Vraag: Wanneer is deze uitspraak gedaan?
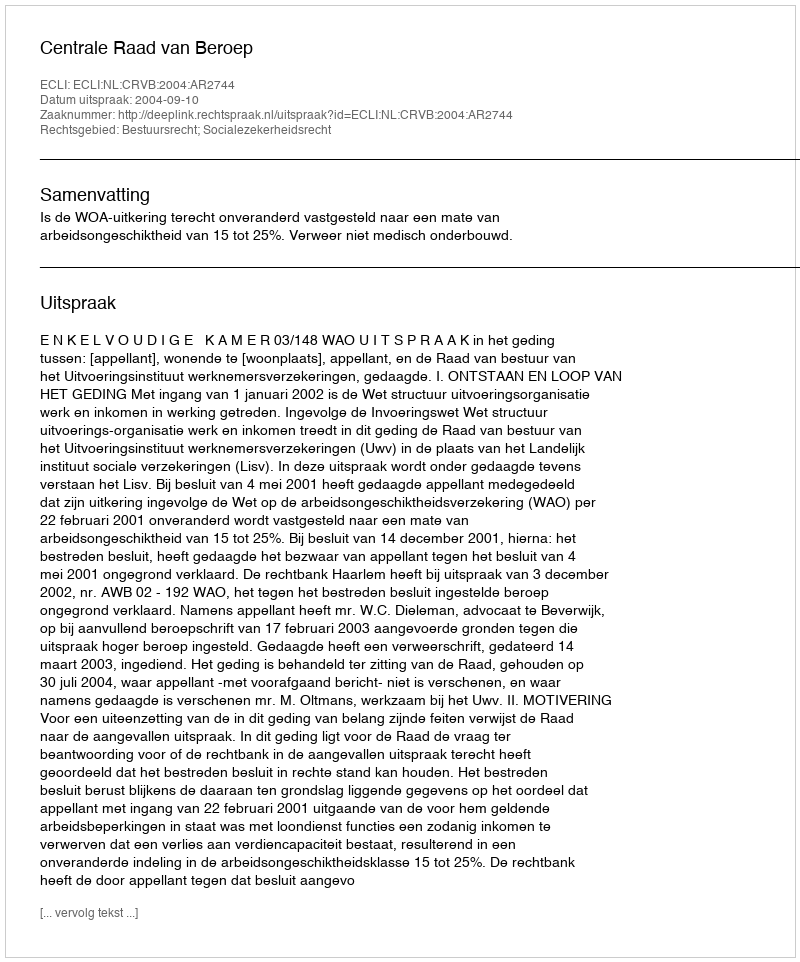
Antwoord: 2004-09-10